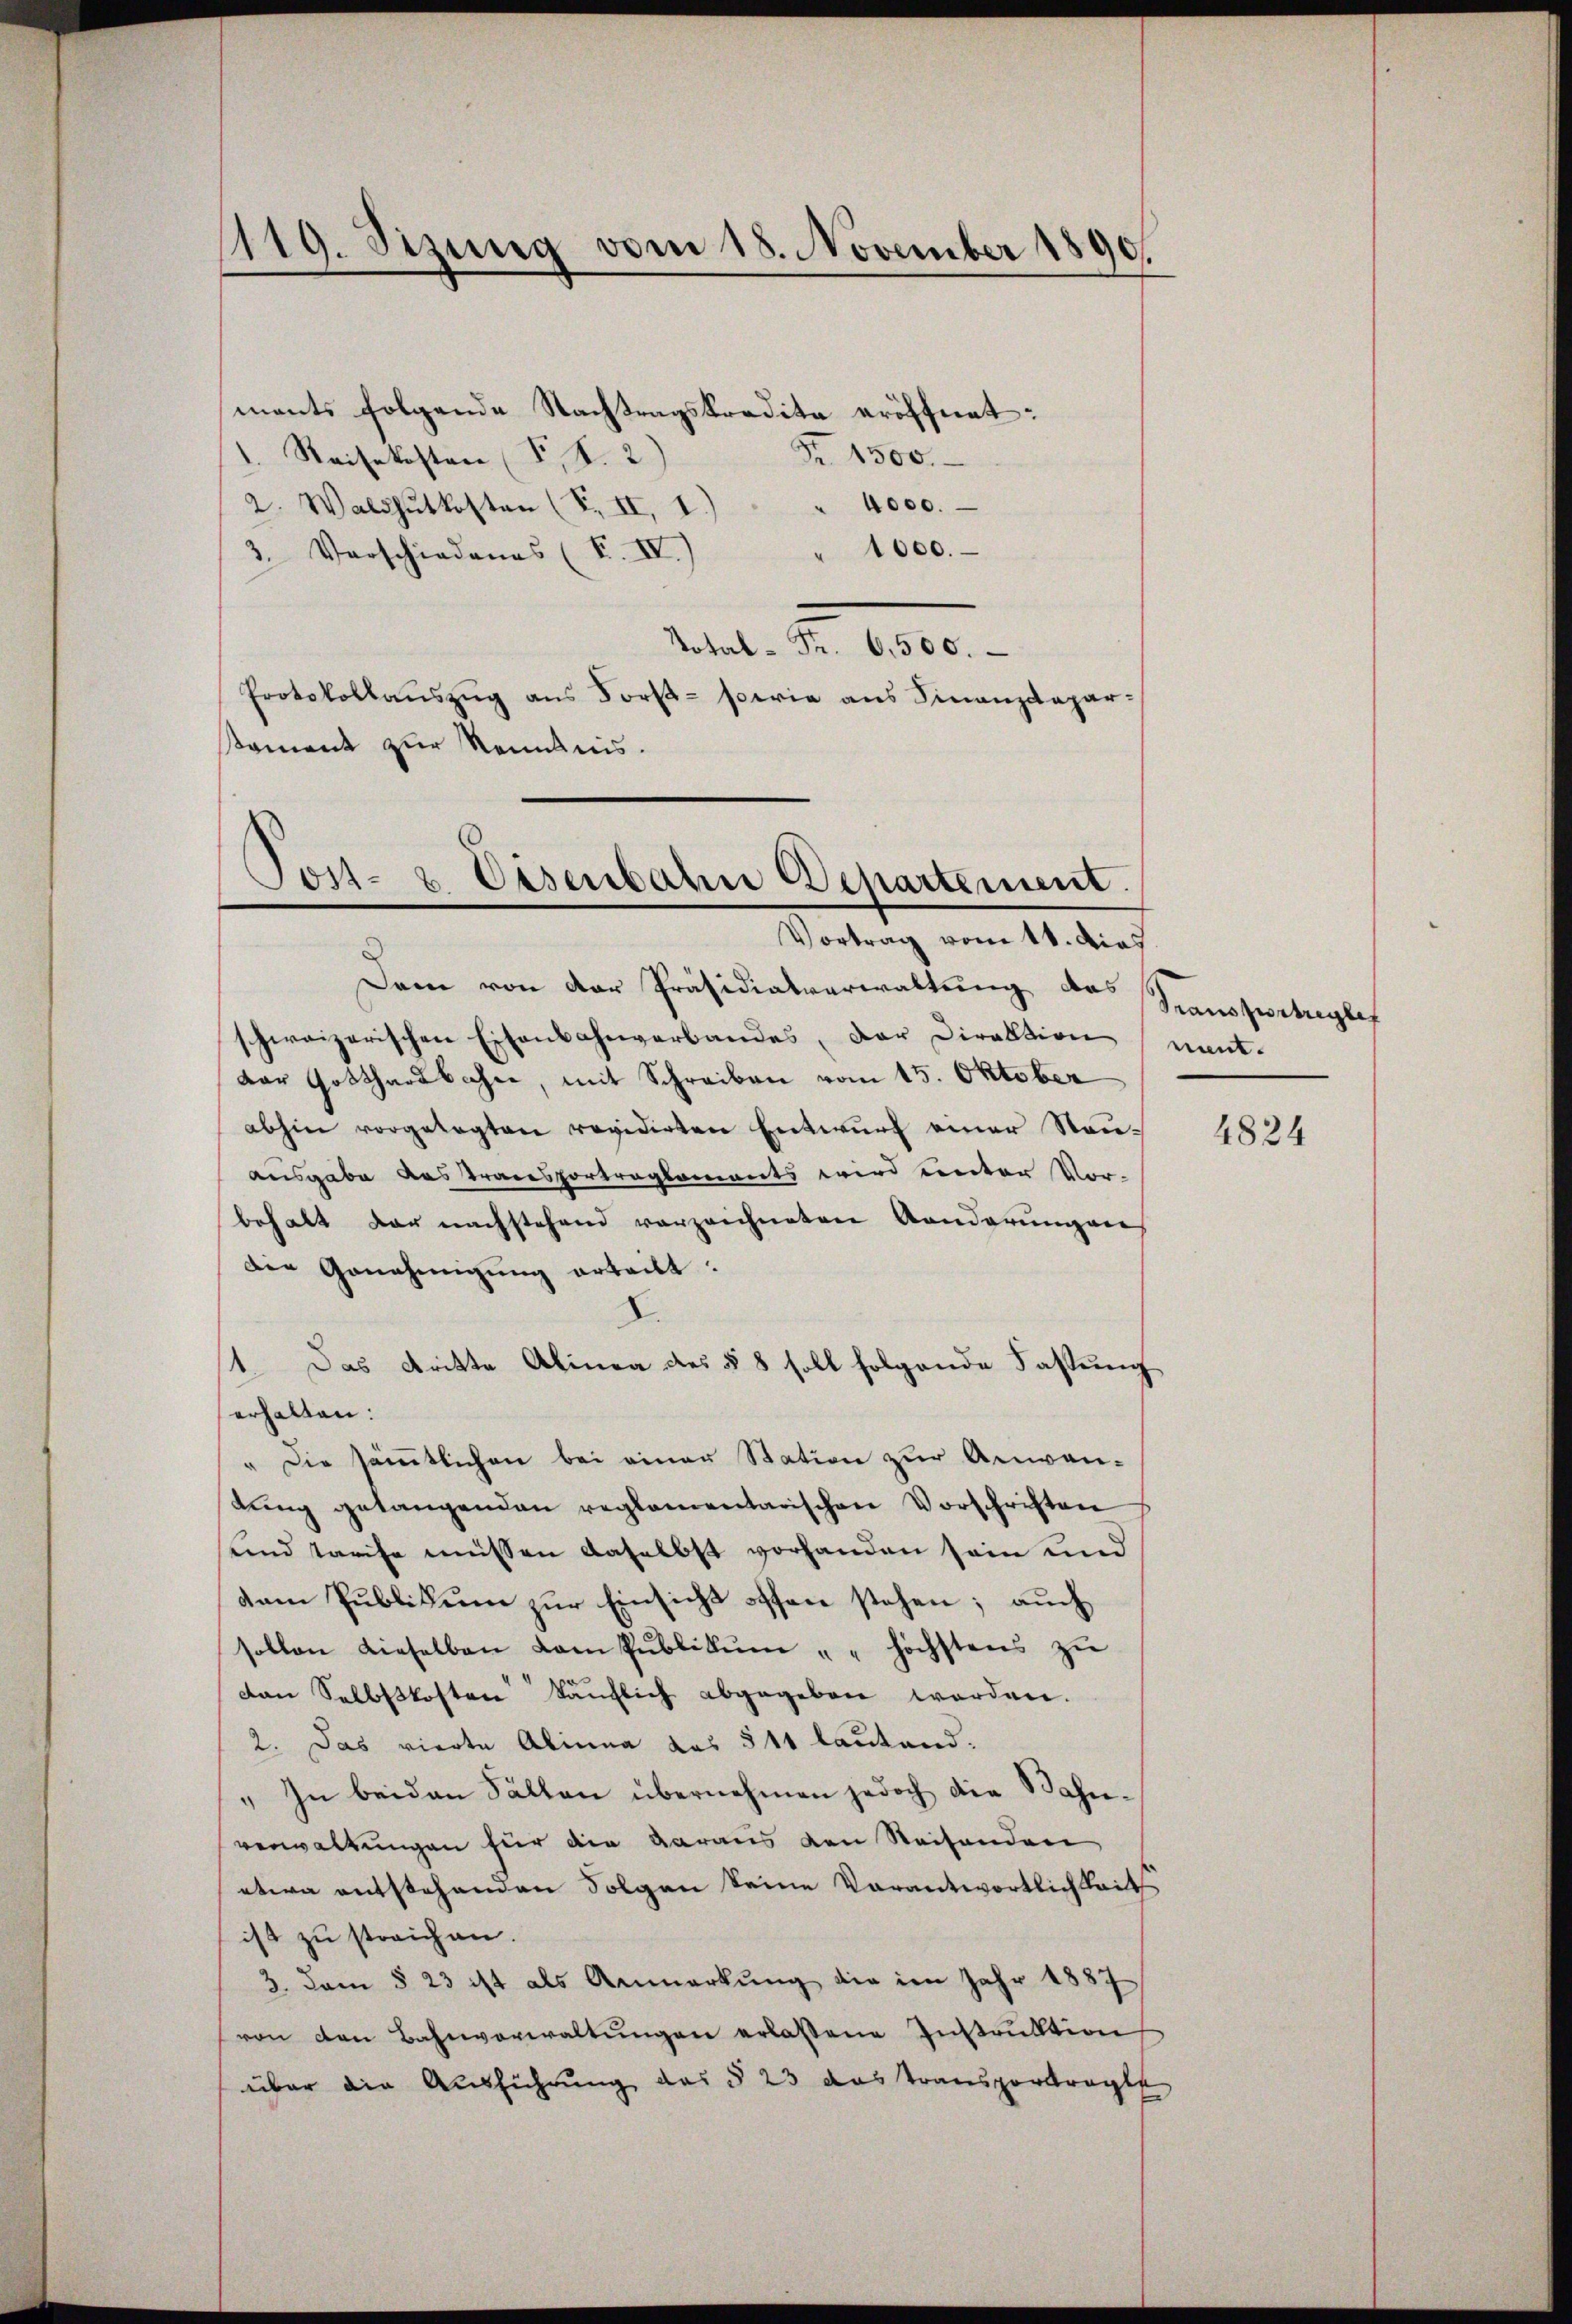
1119. Sizung vom 18. November 1890.

ments folgende Nachtragskredita eröffnet:
Fr. 1300.
1. Reisekosten (T. K. 2)
2. Waldhŭtkosten (S. II, 1.) " " 4000.
" 1000.
3. Vorschiedenes (T. IV.)
Total - Fr. 6,500.
Protokollaŭszŭg ans Forst- sowie aus Finanzdepar-
sament zur Kenntnis.

Jost- & Eisenbahn Departement.
Vortrag vom 11. dies

Dem von der Präsidialverwaltung des
schweizerischen Eisenbahnverbandes, der Direktion nant.
dor Gotthardbahn, mit Schreiben vom 15. Oktober
abhin vorgelegten revidirten Entwurf einer Steuausgabe das transportraglamants wird unter Vorbehalt der nachstehend vorzeichneten Randerungen
Die Genehmigung erteilt.
C
1. Das dritte Alinea des § 8 soll folgende Fassung
erhalten:
" Die sämtlichen bei einer Station zur Anwen-
lŭng getangenden reglementarischen Vorschriften
und Tarife müssen daselbst vorhanden sein und
dem Publikum zur Einsicht offen stehen; auch
sollen dieselben vom Publikŭm " " höchstens zŭ
don Selbstkosten käuflich abgegeben worden.
2. Das vierte Alinna das 541 lautend.
" In beiden Fällen übernehmen jedoch die Bahnverwaltungen für die daraus den Reisenden
etwa entstehenden Folgen keine Vorantwortlichkeits
ist zu streichen.
3. Dam § 23 ist als Anmerkung die im Jahr 1887
von den Bahnverwaltŭngen erlassene Instrŭktion
über die Ausführung des § 23 das Transportragte

Transportregles

4824